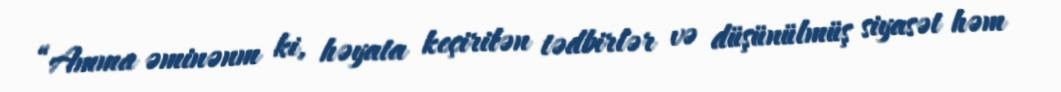
“Amma əminənm ki, həyata keçirilən tədbirlər və düşünülmüş siyasət həm